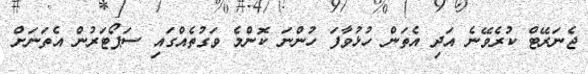
ޖެނަރޭޓް ކުރެވޭނެ އަދި އެތަން ހުޅުވާފަ ހުންނަ ކޮންމެ ވަގުތެއްގައި ސަޕޯޓަރުން އެތަނަށް